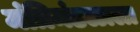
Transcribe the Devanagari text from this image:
मंत्रिमंडळाला